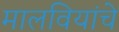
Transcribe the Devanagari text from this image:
मालवियांचे